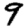
Digit: 9